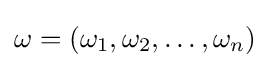
\omega =\left(\omega _{1},\omega _{2},\ldots ,\omega _{n}\right)